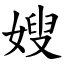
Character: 嫂